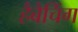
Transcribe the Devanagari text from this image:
हैबैचिंग